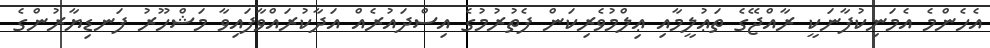
އެހެންމެ އެމަނިކުފާނަކީ ރާއްޖޭގެ ތަޢުލީމާއި ޢިލްމުވެރިކަން ފެތުރުމުގެ އިސްދައުރެއް އަދާކުރައްވާފައިވާ މަޝްހޫރު ފަނޑިޔާރުންގެ